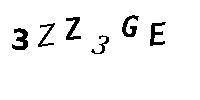
3ZZ3GE